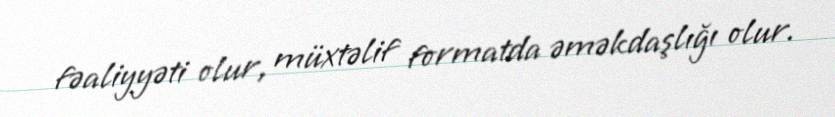
fəaliyyəti olur, müxtəlif formatda əməkdaşlığı olur.